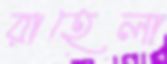
রাহেলা